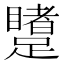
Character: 𲄋